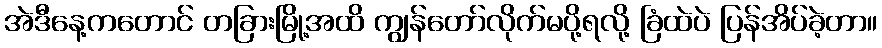
အဲဒီနေ့ကတောင် တခြားမြို့အထိ ကျွန်တော်လိုက်မပို့ရလို့ ခြံထဲပဲ ပြန်အိပ်ခဲ့တာ။